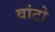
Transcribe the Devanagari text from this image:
वांटो